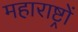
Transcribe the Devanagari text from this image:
महाराष्ट्रों